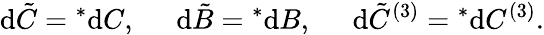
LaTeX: \mathrm{d}\tilde{{C}}={}^{*}\mathrm{d}C,\; \; \; \; \; \mathrm{d}\tilde{{B}}={}^{*}\mathrm{d}B,\; \; \; \; \; \mathrm{d}\tilde{{C}}^{(3)}={}^{*}\mathrm{d}C^{(3)}.